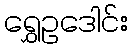
ရွှေဥဒေါင်း